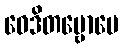
ဝေဒိတဗ္ဗောပေ